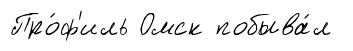
Про́ф'иль Омск побыва́л